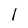
Character: l